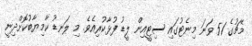
މެޗުގެ 51 ވަނަ މިނެޓުގައި ސިޓީއިން ލީޑު ފުޅާކުރިއެވެ. މި ލަނޑު ކާމިޔާބުކޮށްދިނީ